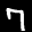
Label: 7